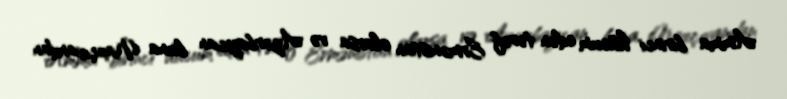
Amma birinci hücum edən tərəf Ermənistan olarsa və Azərbaycan buna Naxçıvandan